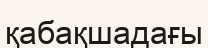
қабақшадағы